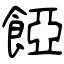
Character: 𩜄